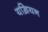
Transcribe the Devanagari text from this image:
यख़ियन